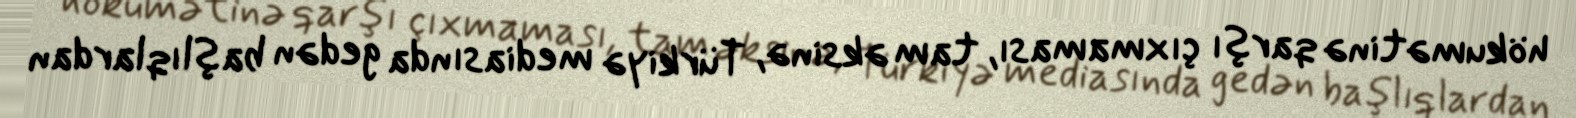
hökumətinə qarşı çıxmaması, tam əksinə, Türkiyə mediasında gedən başlıqlardan